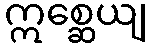
ဣစ္ဆေယျ